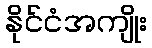
နိုင်ငံအကျိုး